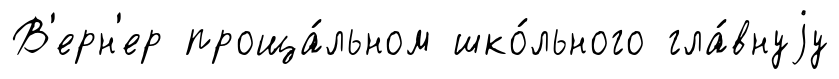
В'ерн'ер проща́льном шко́льного гла́внуjу